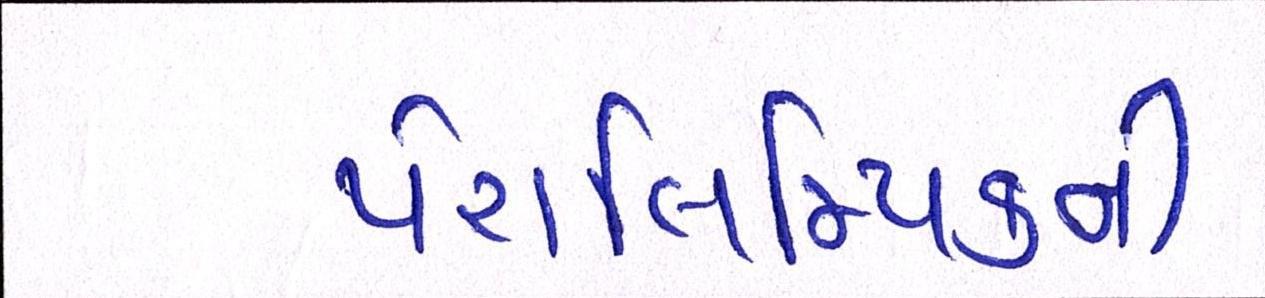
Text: પેરાલિમ્પિકની